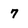
Character: 7